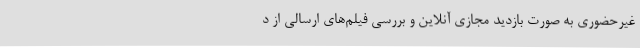
غیرحضوری به صورت بازدید مجازی آنلاین و بررسی فیلم‌های ارسالی از د